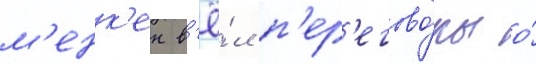
м'енк'ен в'ё́л п'ер'егово́ры о́